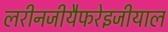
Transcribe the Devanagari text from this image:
लरीनजीयैफरेइजीयाल